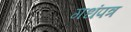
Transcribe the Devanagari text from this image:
गधंपत्र